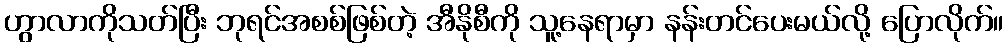
ဟွာလာကိုသတ်ပြီး ဘုရင်အစစ်ဖြစ်တဲ့ အီနိုစီကို သူ့နေရာမှာ နန်းတင်ပေးမယ်လို့ ပြောလိုက်။